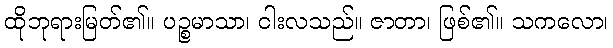
ထိုဘုရားမြတ်၏။ ပဉ္စမာသာ၊ ငါးလသည်။ ဇာတာ၊ ဖြစ်၏။ သကလော၊